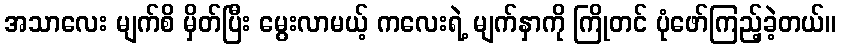
အသာလေး မျက်စိ မှိတ်ပြီး မွေးလာမယ့် ကလေးရဲ့ မျက်နှာကို ကြိုတင် ပုံဖော်ကြည့်ခဲ့တယ်။